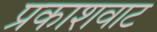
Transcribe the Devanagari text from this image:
प्रकाशवाट